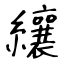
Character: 纕